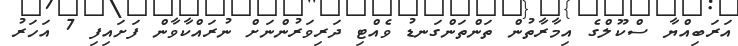
އަރަބިއްޔާ ސްކޫލްގެ އިމާރާތުން ތަންތަންގަނޑު ވެއްޓި ދަރިވަރުންނަށް ނުރައްކާވާން ފަށައިފި 7 އަހަރު